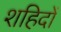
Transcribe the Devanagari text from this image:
शहिदों